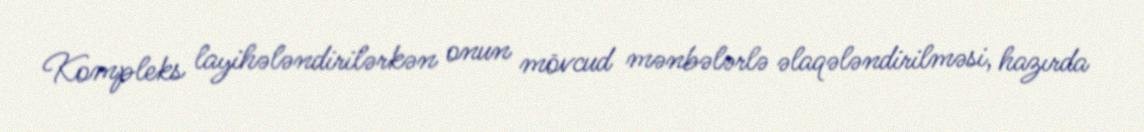
Kompleks layihələndirilərkən onun mövcud mənbələrlə əlaqələndirilməsi, hazırda